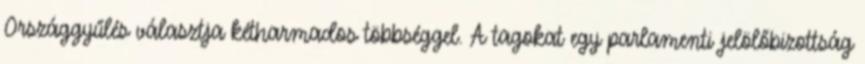
Országgyűlés választja kétharmados többséggel. A tagokat egy parlamenti jelölőbizottság